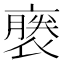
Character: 𧜈